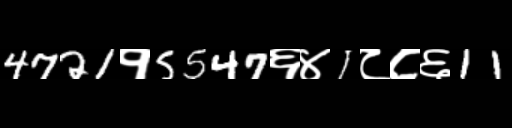
Text: 4721१5547६४1८८६11